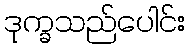
ဒုက္ခသည်ပေါင်း